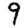
Digit: 9